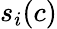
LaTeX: s_{i}(c)